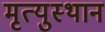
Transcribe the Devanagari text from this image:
मृत्युस्थान